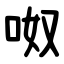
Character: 呶